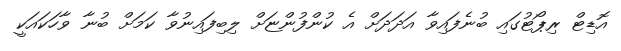
އޮޑިޓް ރިޕޯޓުގައި ބުނެފައިވާ އަދަދަށް އެ ކުންފުންޏަށް ލިބިފައިނުވާ ކަމަށް ބުނާ ވާހަކައަކީ